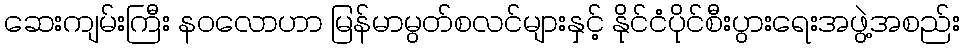
ဆေးကျမ်းကြီး နဝလောဟာ မြန်မာမွတ်စလင်များနှင့် နိုင်ငံပိုင်စီးပွားရေးအဖွဲ့အစည်း